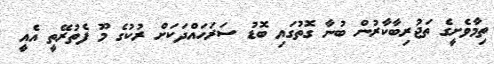
ތިމާވެށީގެ ތަޖުރިބާކާރުން ބުނާ ގޮތުގައި ބޮޑު ސަރަހައްދަކަށް ރުކުގެ މޫ ފެތުރޭތީ އެއީ